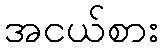
အငယ်စား